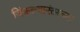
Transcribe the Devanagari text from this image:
जिंकल्यानंतरच्या